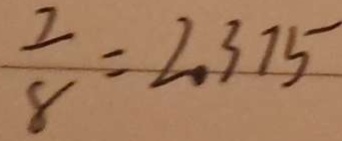
\frac { 7 } { 8 } = 2 . 3 7 5